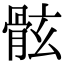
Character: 𩨬